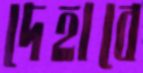
দেহাবে